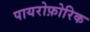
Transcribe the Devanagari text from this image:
पायरोफ़ोरिक